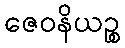
ဇေဝနိယဉ္စ